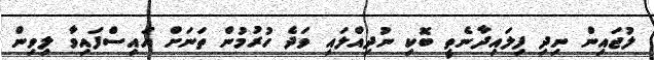
ލުޖައިން ނިދި ފިލައިދާނެތީ ބޮކި ނުދިއްލައި ވަދެ ހުރުމުން ތަނަށް އައިސްފައިވާ ލިވިން